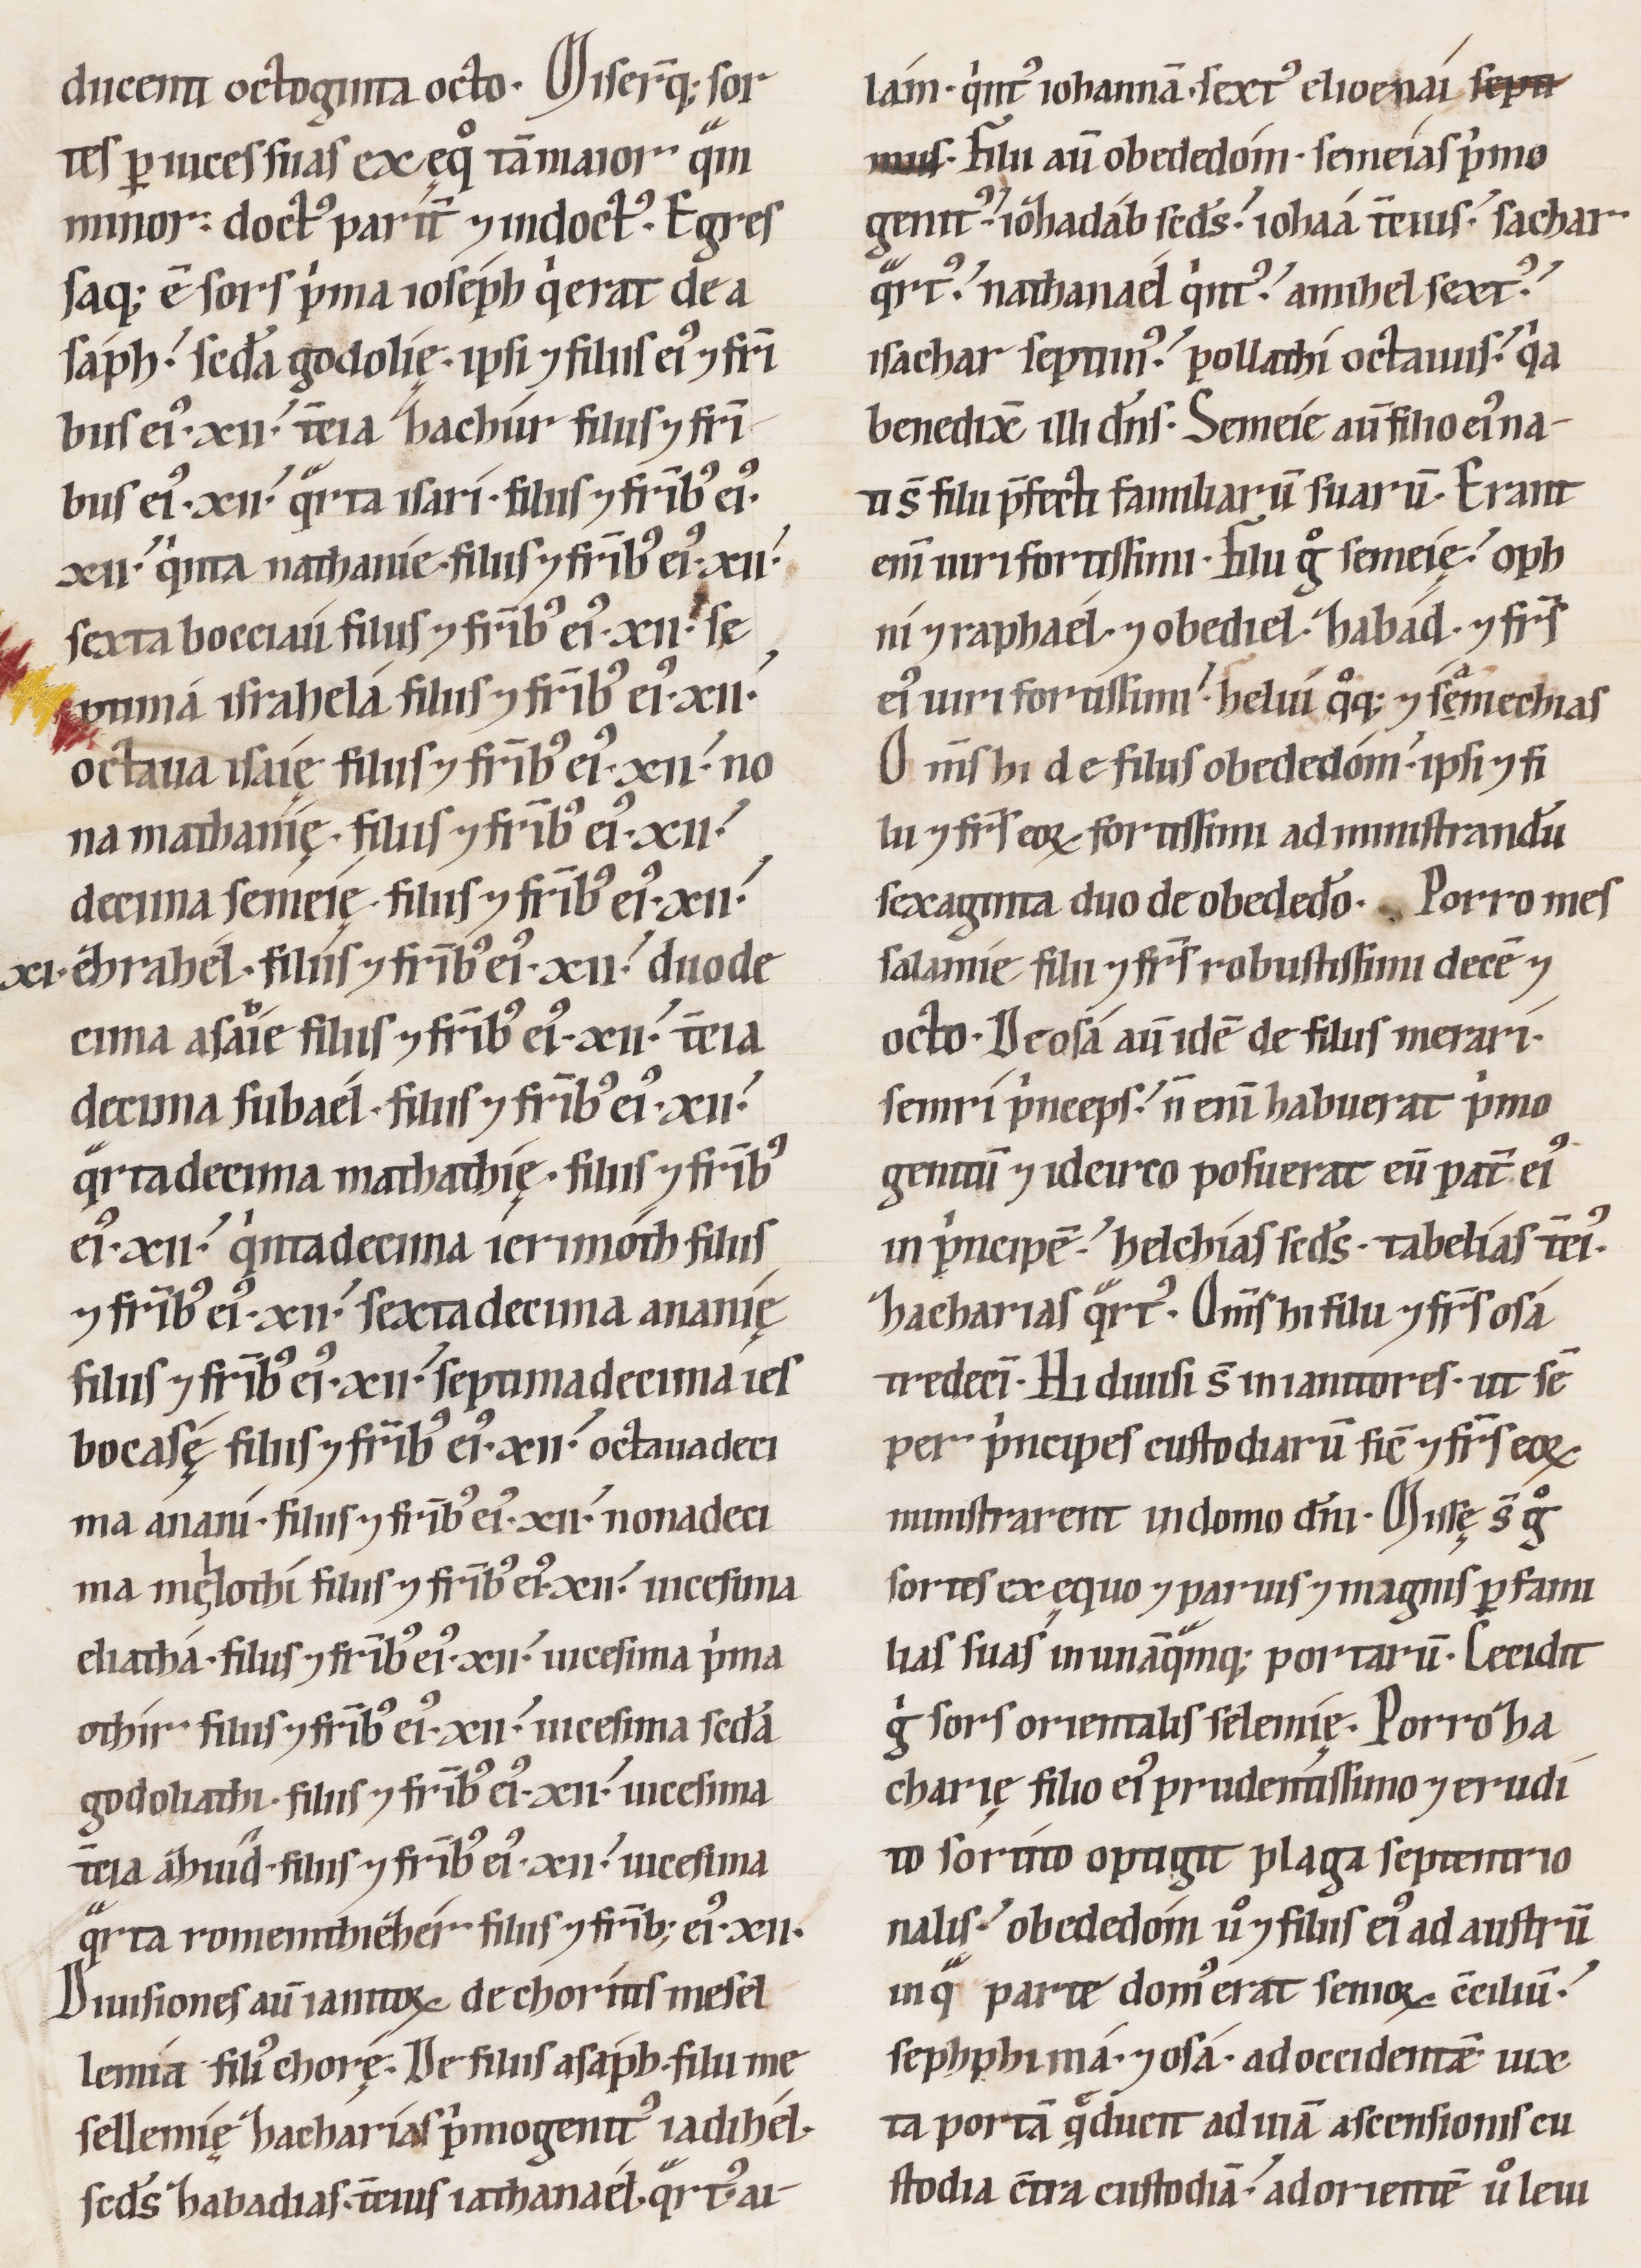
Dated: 1100–1199